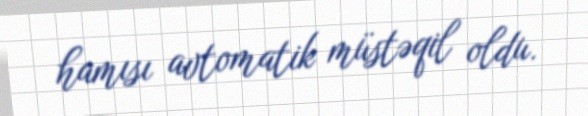
hamısı avtomatik müstəqil oldu.